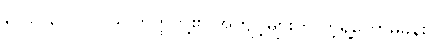
၃-ပါ-၃၂၊ ဋ္ဌ-၁၉၊ တိတ္ထိတို့၏ အကျင့်များကို ကဲ့ရဲ့တော်မူခန်း။